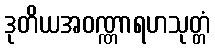
ဒုတိယအဝဏ္ဏာရဟသုတ္တံ